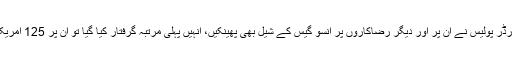
انہوں نے دعویٰ کیا کہ ایک مرتبہ تو اسرائیل کی پیرا ملٹری بارڈر پولیس نے ان پر اور دیگر رضاکاروں پر آنسو گیس کے شیل بھی پھینکیں، انہیں پہلی مرتبہ گرفتار کیا گیا تو ان پر 125 امریکی ڈالر جرمانہ کیا گیا اور ہر مرتبہ اس میں اضافہ کیا جاتا رہا۔